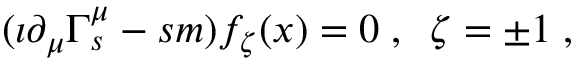
( \imath \partial _ { \mu } \Gamma _ { s } ^ { \mu } - s m ) f _ { \zeta } ( x ) = 0 \; , \; \; \zeta = \pm 1 \; ,